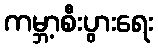
ကမ္ဘာ့စီးပွားရေး